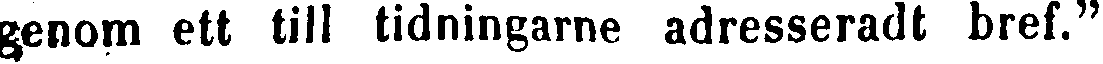
genom ett till tidningarne adresseradt bref."